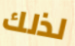
لذلك